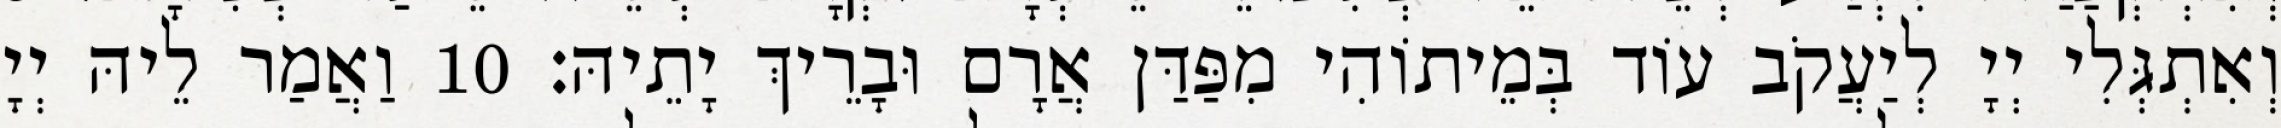
וְאִתְגְּלִי יְיָ לְיַעֲקֹב עוֹד בְּמֵיתוֹהִי מִפַּדַּן אֲרָם וּבָרֵיךְ יָתֵיהּ׃ 10 וַאֲמַר לֵיהּ יְיָ